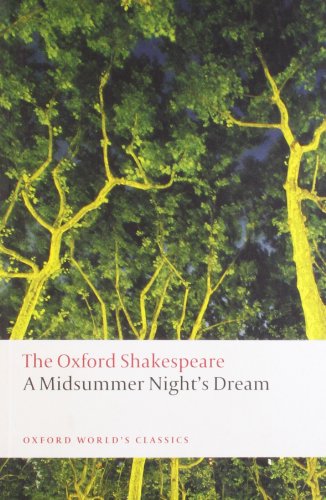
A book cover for A Midsummer Night's Dream: The Oxford Shakespeare; William Shakespeare; Literature & Fiction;